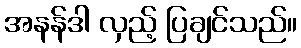
အနန်ဒါ လှည့် ပြချင်သည်။